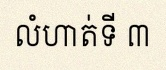
លំហាត់ទី ៣